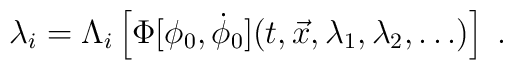
\lambda_i = \Lambda_i\left[\Phi[\phi_0,\dot{\phi}_0](t,{\vec x},\lambda_1,\lambda_2,\dots)\right] \; .